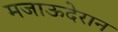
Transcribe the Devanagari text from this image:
मजाऊदेरान